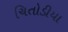
ચિતોડીયા